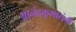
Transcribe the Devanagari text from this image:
आनंदकुमारांनी